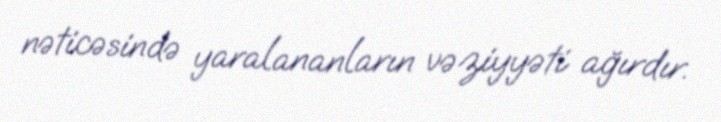
nəticəsində yaralananların vəziyyəti ağırdır.